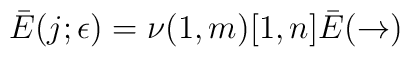
\bar{E}(j;\epsilon)=\nu(1,m)[1,n]\bar{E}(\rightarrow)